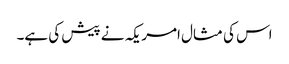
اس کی مثال امریکہ نے پیش کی ہے۔